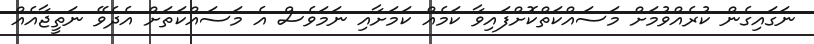
ނަގައިގެން ކުރެއްވުމަށް މަސައްކަތްކޮށްފައިވާ ކަމެއް ކަމަށާއި ނަމަވެސް އެ މަސައްކަތަށް އެދެވޭ ނަތީޖާއެއް